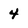
Character: 4